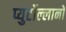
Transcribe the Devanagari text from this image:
प्युर्टोल्लानो